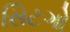
સિટગો